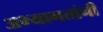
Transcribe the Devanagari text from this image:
अभ्यागतांनी